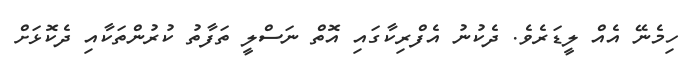
ހިމެނޭ އެއް ލީޑަރެވެ. ދެކުނު އެފްރިކާގައި އޮތް ނަސްލީ ތަފާތު ކުރުންތަކާއި ދެކޮޅަށް